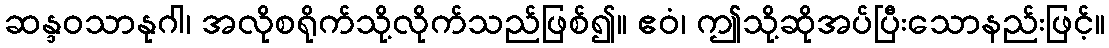
ဆန္ဒဝသာနုဂါ၊ အလိုစရိုက်သို့လိုက်သည်ဖြစ်၍။ ဧဝံ၊ ဤသို့ဆိုအပ်ပြီးသောနည်းဖြင့်။